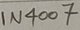
Text: IN4007